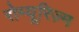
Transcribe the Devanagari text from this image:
रोम्यूरिज़्म